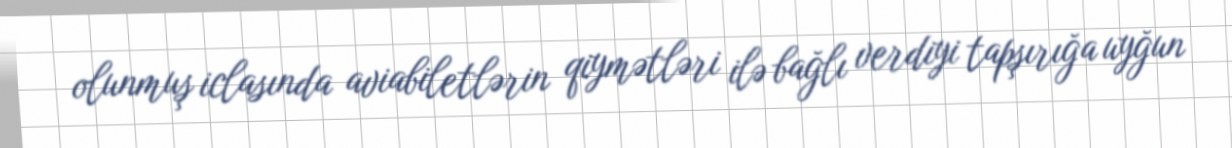
olunmuş iclasında aviabiletlərin qiymətləri ilə bağlı verdiyi tapşırığa uyğun